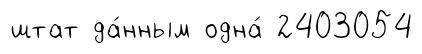
штат да́нным одна́ 2403054